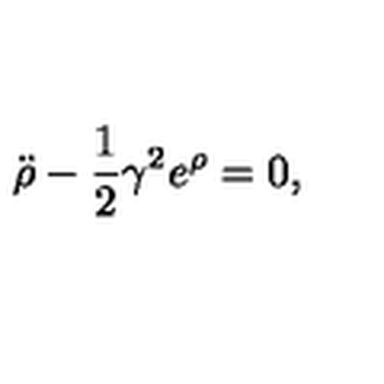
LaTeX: { \ddot { \rho } } - { \frac { 1 } { 2 } } \gamma ^ { 2 } e ^ { \rho } = 0 ,